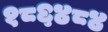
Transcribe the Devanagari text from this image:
१८६४८४